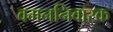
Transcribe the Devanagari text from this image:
वमननिवारक